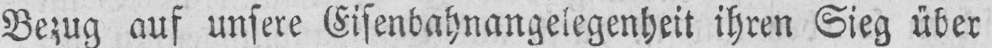
Bezug auf unsere Eisenbahnangelegenheit ihren Sieg über